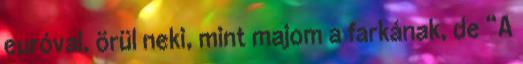
euróval, örül neki, mint majom a farkának, de “A